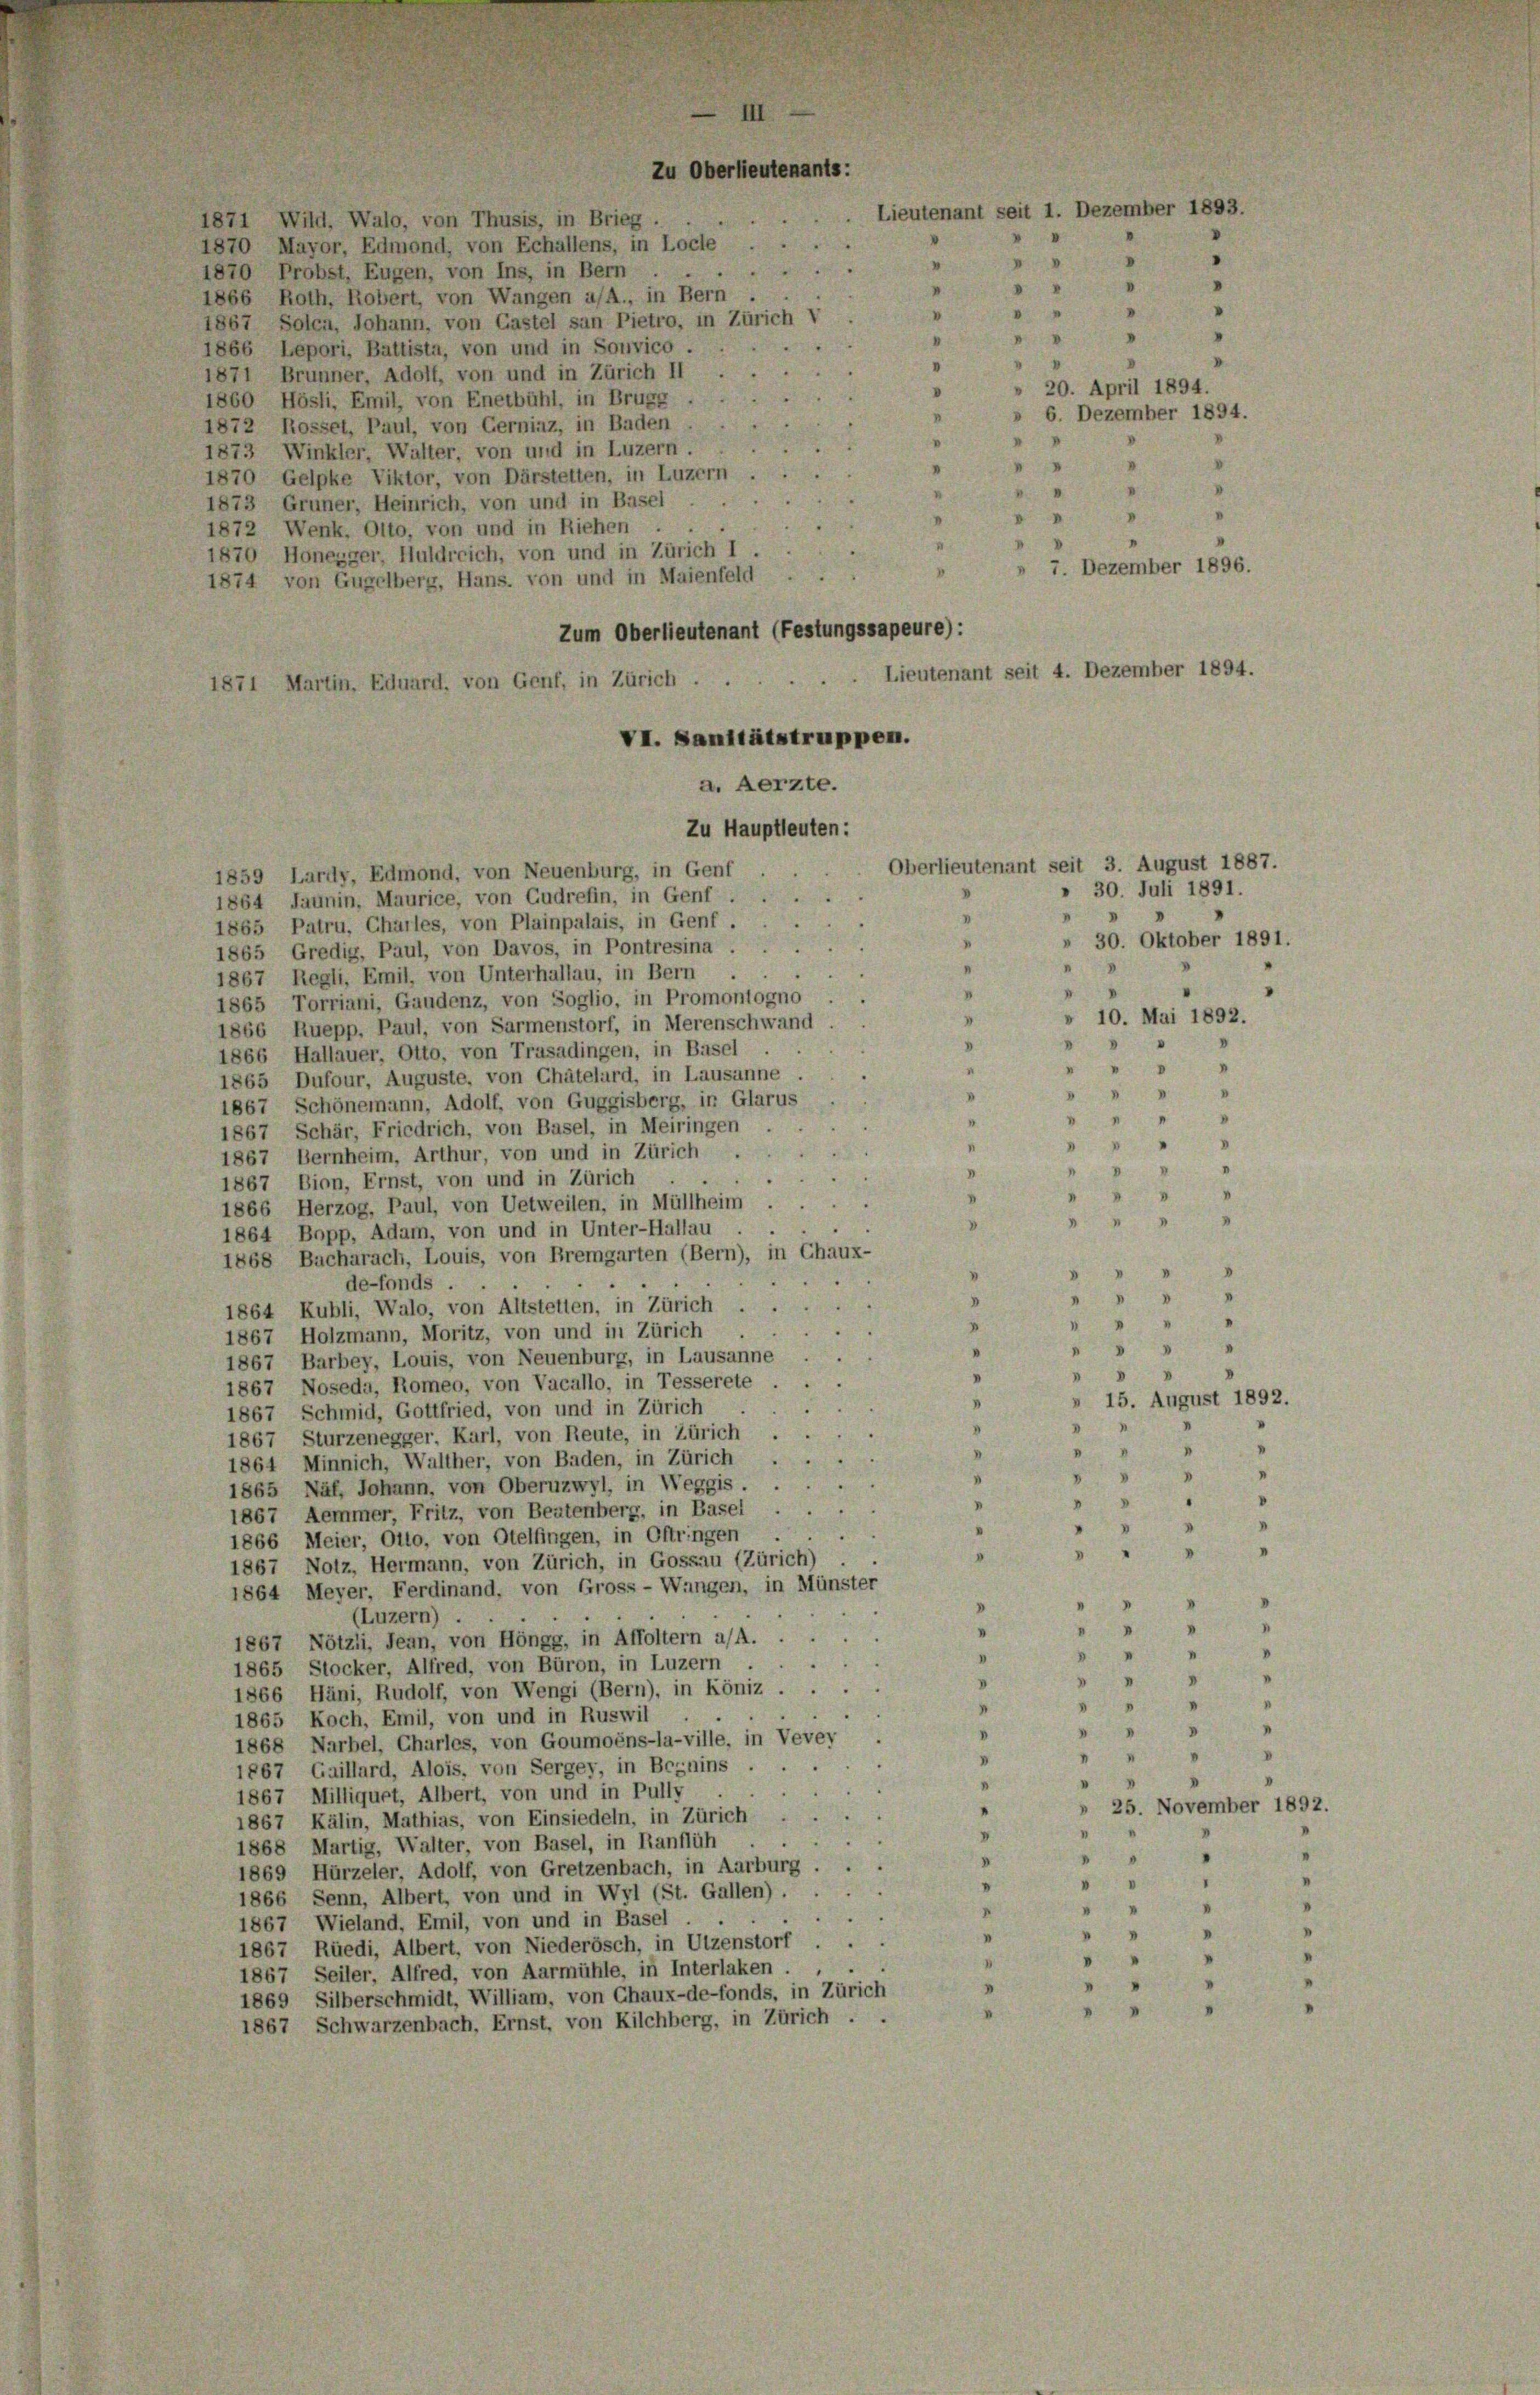
1871 Wild, Walo, von Thusis, in Brieg.
1870 Mayor, Edmond, von Echallens, in Loche
1870 Probst, Eugen, von Ins, in Bern
1866 Roth, Robert, von Wangen a/A., in Bern
1867, Solca, Johann, von Gastel san Pietro, in Zürich
1866 Lepori, Battista, von und in Sonvico.
1871 Brunner, Adolf, von und in Zürich II
1860 Hösli, Emil, von Enetbühl, in Brugg
1872 Rosset, Paul, von Gerniaz, in Baden
1873 Winkler, Walter, von und in Luzern.
1870 Gelpke Viktor, von Darstellen, in Luzern
1873 Gruner, Heinrich, von und in Basel.
.
1872 Wenk. Otto, von und in Riehen .
1870 Honegger, Huldreich, von und in Zürich I.
7 Dezember 1896.
1874 von Gugelberg, Hans. von und in Maienfeld
Zum Oberlieutenant (Festungssapeure):
Lieutenant seit 4. Dezember 1894.
871 Martin, Eduard, von Genf, in Zürich.
VI. Sanitätstruppen.
a. Aerzte.
Zu Hauptleuten:
1859 Lardy, Edmond, von Neuenburg, in Genf
1864 Jaunin, Maurice, von Gudrefin, in Genf .
1865 Patru, Charles, von Plainpalais, in Genf.
1865 Gredig, Paul, von Davos, in Pontresina.
1867 Regli, Emil, von Unterhallau, in Bern
1865 Torriani, Gaudenz, von Soglio, in Promontogno
» 10. Mai 1892.
1866 Ruepp. Paul, von Sarmenstorf, in Merenschwand
1866 Hallauer, Otto, von Trasadingen, in Basel
I
» " " "
1865 Dufour, Auguste, von Chätelard, in Lausanne.
 " " "
d
1867 Schönemann, Adolf, von Guggisberg, in Glarus
"
1867 Schär, Friedrich, von Basel, in Meiringen
4
 4
1867 Bernheim, Arthur, von und in Zürich .
F
1867 Bion, Ernst, von und in Zürich
.
1866 Herzog, Paul, von Uetweilen, in Müllheim
¬
.
.
1864 Bopp, Adam, von und in Unter-Hallau
1868 Bucharach, Louis, von Bremgarten (Bern), in Chaux-
de-fonds .
n » p
.
1864 Kubli, Walo, von Altstellen, in Zürich
"
1867 Holzmann, Moritz, von und in Zürich
 5
"
1867, Barbey, Louis, von Neuenburg, in Lausanne

1867 Noseda, Romeo, von Vacallo, in Tesserete
» 15. August 1892.
1
1867 Schmid, Gottfried, von und in Zürich
.

1867, Sturzenegger, Karl, von Reute, in Zürich
" " " "
1864 Minnich, Walther, von Baden, in Zürich
"
.
v
1865 Näf, Johann, von Oberuzwyl, in Weggis . .
.
"  "
.
1867 Aemmer, Fritz, von Beatenberg, in Basel.
.
"
.
1866 Meier, Otto, von Otelfingen, in Oftringen .
 " " "
V
.
1867 Notz, Hermann, von Zürich, in Gossau (Zürich)
1864 Meyer, Ferdinand, von Gross- Wangen, in Münster
d
.
.
"
4
(Luzern) .
.
 " "
"
1867 Nötzli, Jean, von Höngg, in Affoltern a/A.
I
"
"
1865 Stocker, Alfred, von Büron, in Luzern
.

V
1866 Häni, Rudolf, von Wengi (Bern), in Köniz .
"
"
1865 Koch, Emil, von und in Ruswil
.
"
V
1868 Narbel, Charles, von Goumoèns-la-ville, in Vevey
V
“
v
"
“
1867 Gaillard, Alois, von Sergey, in Beguins

1867 Milliquet, Albert, von und in Pully
» 25. November 1892.
"
1867 Kälin, Mathias, von Einsiedeln, in Zürich
1868 Martig, Walter, von Basel, in Ranflüh
"
"
.
¬
1869 Hürzeler, Adolf, von Gretzenbach, in Aarburg.
.
.
"
1866 Senn, Albert, von und in Wyl (St. Gallen).
I
"
1867 Wieland, Emil, von und in Basel
I
"
I
1867 Rüedi, Albert, von Niederösch, in Utzenstorf
"
1867 Seiler, Alfred, von Aarmühle, in Interlaken
s
1869 Silberschmidt, William, von Chaux-de-Fonds, in Zürich
"
d
1867 Schwarzenbach, Ernst, von Kilchberg, in Zürich.

III
Zu Oberlieutenants:
Lieutenant seit 1. Dezember 1893.
.

.
"

20. April 1894.
» 6. Dezember 1894.

Oberlieutenant seit 3. August 1887.

30. Juli 1891.
» 30. Oktober 1891.